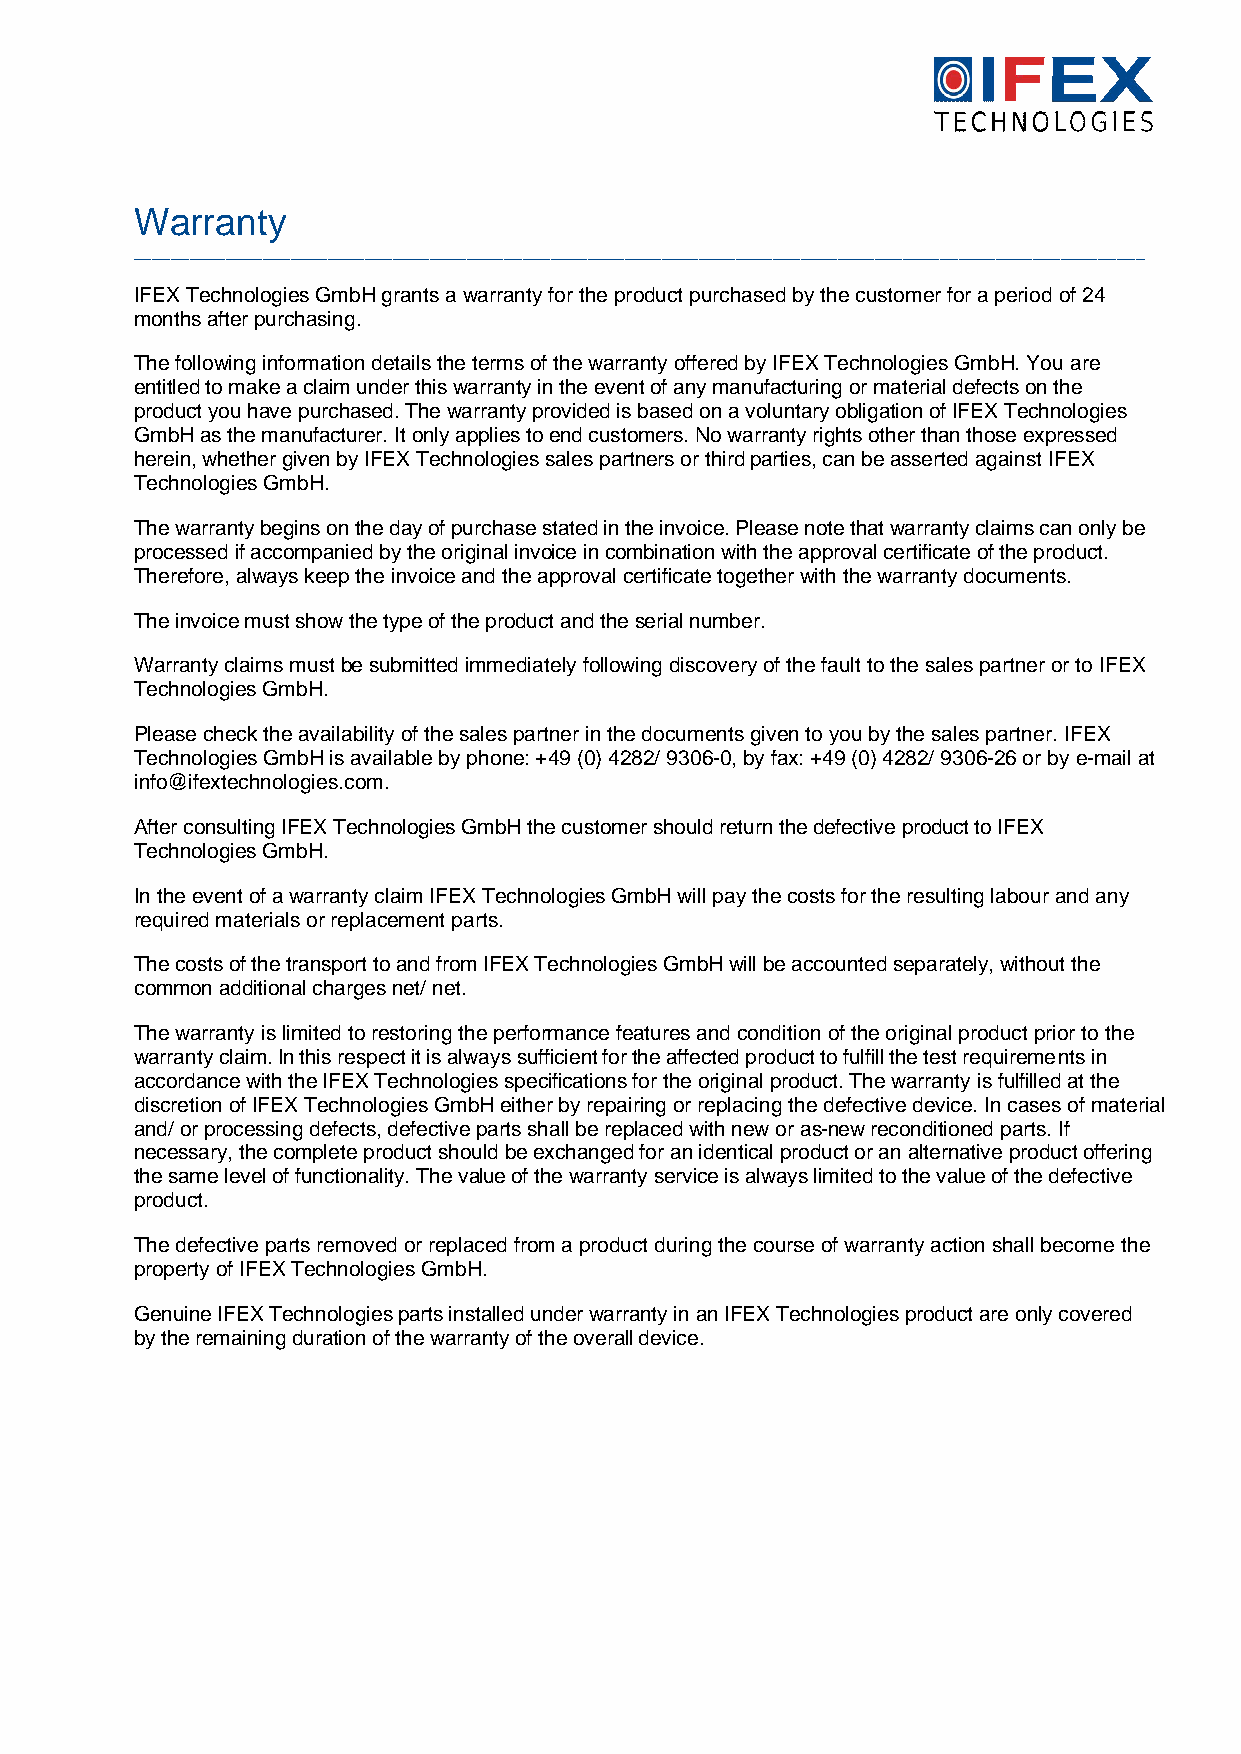
Warranty
 _____________________________________________________________________________________________________________
 IFEX Technologies GmbH grants a warranty for the product purchased by the customer for a period of 24
 months after purchasing.
 The following information details the terms of the warranty offered by IFEX Technologies GmbH. You are
 entitled to make a claim under this warranty in the event of any manufacturing or material defects on the
 product you have purchased. The warranty provided is based on a voluntary obligation of IFEX Technologies
 GmbH as the manufacturer. It only applies to end customers. No warranty rights other than those expressed
 herein, whether given by IFEX Technologies sales partners or thirdparties, can be asserted against IFEX
 Technologies GmbH.
 The warranty begins on the day of purchase stated in the invoice. Please note that warranty claims can only be
 processed if accompanied by the original invoice in combination with the approval certificate of the product.
 Therefore, always keep the invoice and the approval certificate together with the warranty documents.
 The invoice must show the type of the product and the serial number.
 Warranty claims mustbe submitted immediately following discovery of the fault to the sales partner or to IFEX
 Technologies GmbH.
 Please check the availability of the sales partner in the documents given to you by the sales partner. IFEX
 Technologies GmbH is available by phone: +49 (0) 4282/ 9306-0, by fax: +49 (0) 4282/ 9306-26 or by e-mail at
 info@ifextechnologies.com.
 After consulting IFEX Technologies GmbH the customer should return the defective product to IFEX
 Technologies GmbH.
 In the event of a warranty claim IFEX Technologies GmbH will pay the costs for the resulting labour and any
 required materials or replacement parts.
 The costs of the transport to and from IFEX Technologies GmbH will be accounted separately, without the
 common additional charges net/ net.
 The warranty is limited to restoring the performance features and condition of the original product prior to the
 warranty claim. In this respect it is always sufficient for the affected product to fulfill the test requirements in
 accordance with the IFEX Technologies specifications for the original product. The warranty is fulfilled at the
 discretion of IFEX Technologies GmbH either by repairing or replacing the defective device. In cases of material
 and/ or processing defects, defective parts shall be replaced with new or as-new reconditioned parts. If
 necessary, the complete product should be exchanged for an identical product or an alternative product offering
 the same level of functionality. The value of the warranty service is always limited to the value of the defective
 product.
 The defective parts removed or replaced from a product during the course of warranty action shall become the
 property of IFEX Technologies GmbH.
 Genuine IFEX Technologies parts installed under warranty in an IFEX Technologies product are only covered
 by the remaining duration of the warranty of the overall device.